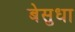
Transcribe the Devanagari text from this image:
बेसुधा